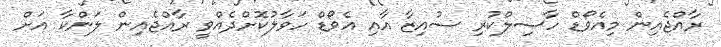
ރާއްޖެއިން މިއެވޯޑް ހާސިލްކުރި ސުއިޒާ އާއި އެވޯޑް ހަވާލުކޮށްދެއްވީ ރާއްޖެއިން ލަންކާ އަށް